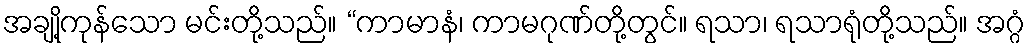
အချို့ကုန်သော မင်းတို့သည်။ “ကာမာနံ၊ ကာမဂုဏ်တို့တွင်။ ရသာ၊ ရသာရုံတို့သည်။ အဂ္ဂံ